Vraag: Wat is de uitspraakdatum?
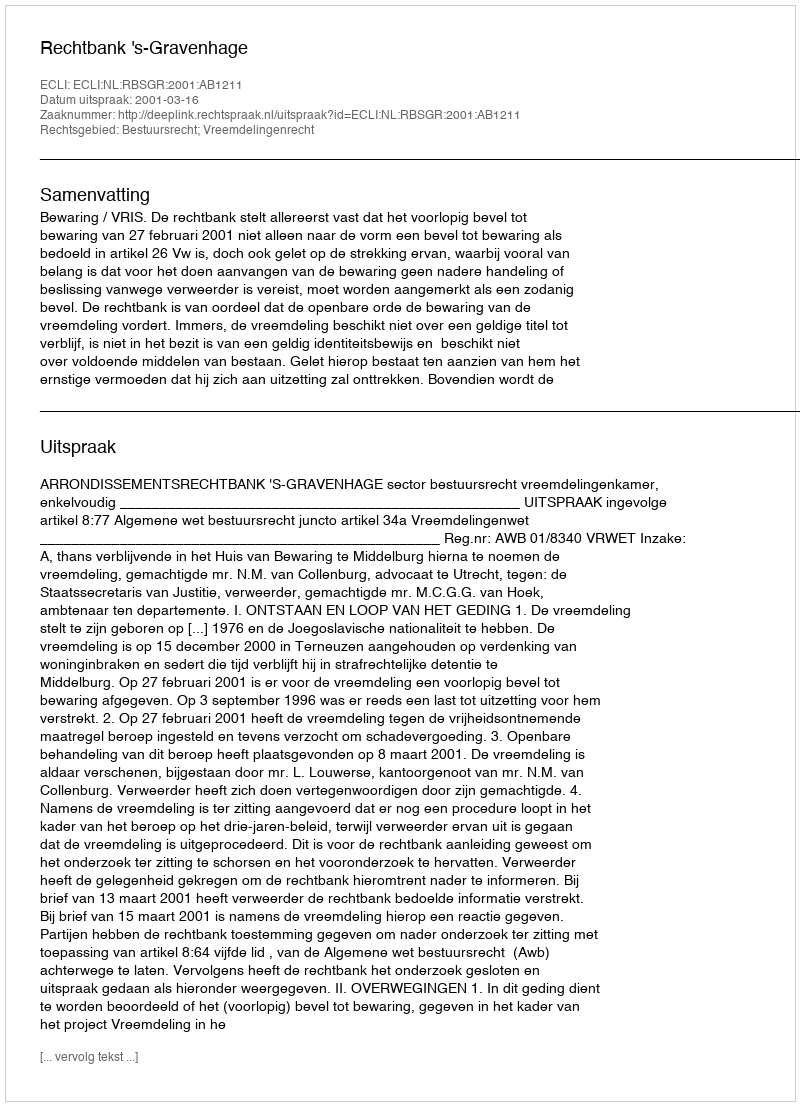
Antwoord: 2001-03-16